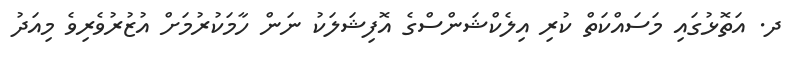
ދ. އަތޮޅުގައި މަސައްކަތް ކުރި އިލެކްޝަންސްގެ އޮފިޝަލަކު ނަން ހާމަކުރުމަށް އުޒުރުވެރިވެ މިއަދު